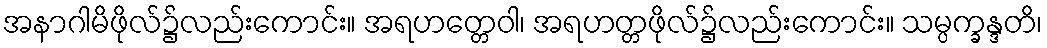
အနာဂါမိဖိုလ်၌လည်းကောင်း။ အရဟတ္တေဝါ၊ အရဟတ္တဖိုလ်၌လည်းကောင်း။ သမ္ပက္ခန္ဒတိ၊